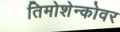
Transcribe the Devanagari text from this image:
तिमोशेन्कोवर